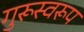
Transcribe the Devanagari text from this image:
गुरूस्वरूप